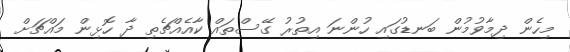
މިހެން ދިމާވުމުން ބަނޑުގައި ހުންނަ އިތުރު ގޭސްތައް ކާއެއްޗެތި ދާ ހޮޅިން މައްޗަށް